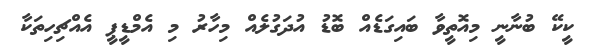
ކީކޭ ބުނާނީ މިއޮތީވާ ބައިގަޑެއް ބޮޑު އުދަގުލެއް މިހާރު މި އެމްޑީޕީ އެއްޗިހިތަކާ